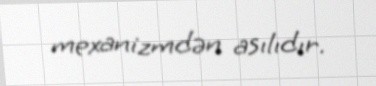
mexanizmdən asılıdır.